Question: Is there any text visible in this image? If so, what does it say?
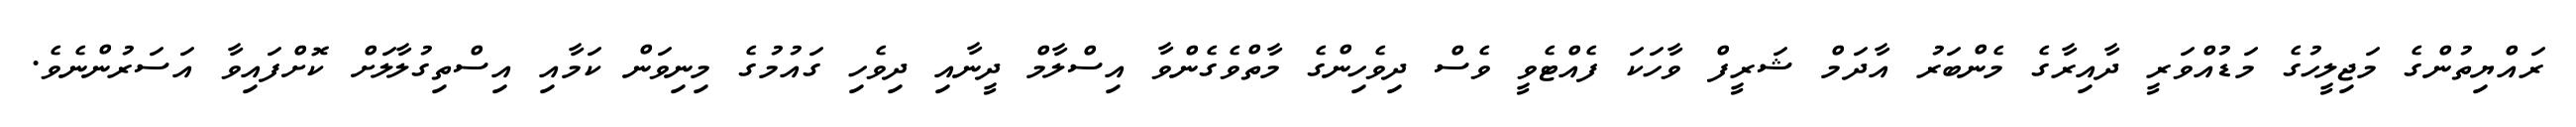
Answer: ރައްޔިތުންގެ މަޖިލީހުގެ މަޑުއްވަރީ ދާއިރާގެ މެންބަރު އާދަމް ޝަރީފް ވާހަކަ ފެއްޓެވީ ވެސް ދިވެހިންގެ މާތްވެގެންވާ އިސްލާމް ދީނާއި ދިވެހި ގައުމުގެ މިނިވަން ކަމާއި އިސްތިގުލާލަށް ކޮށްފައިވާ އަސަރުންނެވެ.